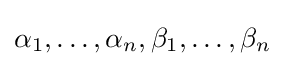
\alpha _{1},\ldots ,\alpha _{n},\beta _{1},\ldots ,\beta _{n}